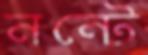
নন্টে